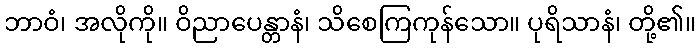
ဘာဝံ၊ အလိုကို။ ဝိညာပေန္တာနံ၊ သိစေကြကုန်သော။ ပုရိသာနံ၊ တို့၏။